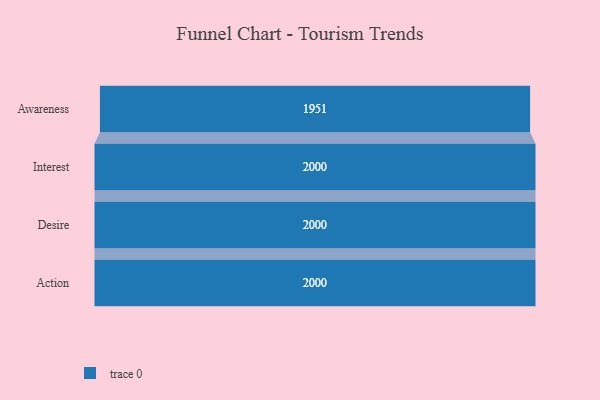
{"axis": {"x": "Stage", "y": "Value"}, "legend": [""], "data": [{"x": "Awareness", "y": 1951.0, "type": ""}, {"x": "Interest", "y": 2000, "type": ""}, {"x": "Desire", "y": 2000, "type": ""}, {"x": "Action", "y": 2000, "type": ""}]}